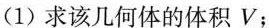
(1)求该几何体的体积V；